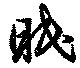
眠